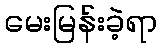
မေးမြန်းခဲ့ရာ